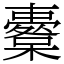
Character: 櫜